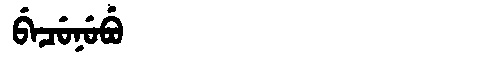
Manchu: ᠪᡝᠴᡠᠨᡠᠪᡠ
Romanization: BECUNUBU